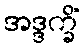
အဒ္ဒက္ခိံ